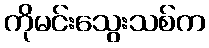
ကိုမင်းသွေးသစ်က